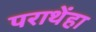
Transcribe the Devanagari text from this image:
पराथेंहा